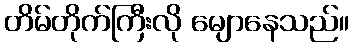
တိမ်တိုက်ကြီးလို မျောနေသည်။